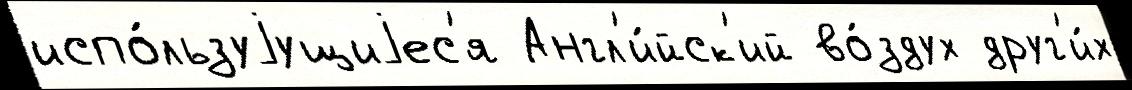
испо́льзуjущиjес'я Англ'и́йск'ий во́здух друг'и́х